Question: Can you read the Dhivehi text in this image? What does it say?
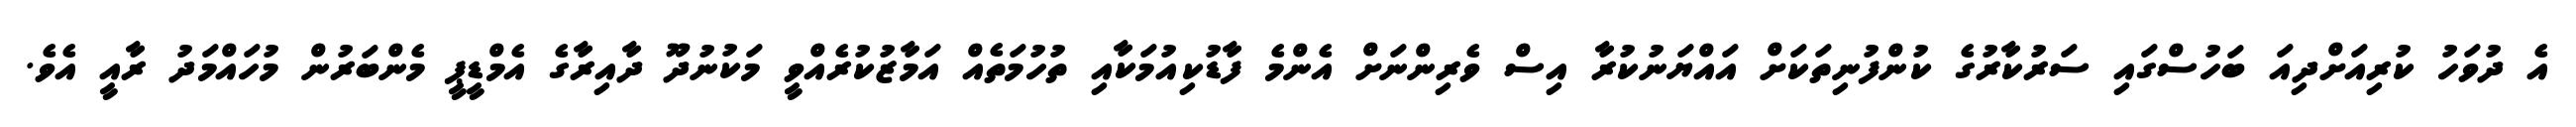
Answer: އެ ދުވަހު ކުރިއަށްދިއަ ބަހުސްގައި ސަރުކާރުގެ ކުންފުނިތަކަށް އައްޔަނުކުރާ އިސް ވެރިންނަށް އެންމެ ފާޑުކިއުމަކާއި ތުހުމަތެއް އަމާޒުކުރެއްވީ މަކުނުދޫ ދާއިރާގެ އެމްޑީޕީ މެންބަރުން މުހައްމަދު ރާއީ އެވެ.